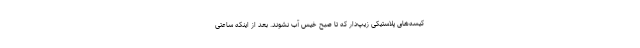
کیسه‌های پلاستیکی زیپ‌دار که تا صبح خیس آب نشوند. بعد از اینکه ساعتی